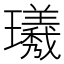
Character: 𪼯